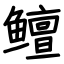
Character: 鳣